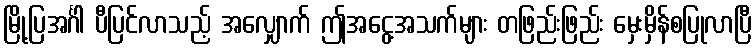
မြို့ပြအင်္ဂါ ပီပြင်လာသည့် အလျှောက် ဤအငွေ့အသက်များ တဖြည်းဖြည်း မှေးမှိန်စပြုလာပြီ